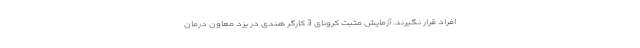
افراد قرار نگیرند. آزمایش مثبت کرونای 3 کارگر هندی در یزد معاون درمان